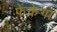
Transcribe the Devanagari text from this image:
फेंकेगा